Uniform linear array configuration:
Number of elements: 16
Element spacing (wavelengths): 0.5
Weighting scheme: hamming
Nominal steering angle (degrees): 45
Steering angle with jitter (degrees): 43.54
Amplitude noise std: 0.05
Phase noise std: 0.05

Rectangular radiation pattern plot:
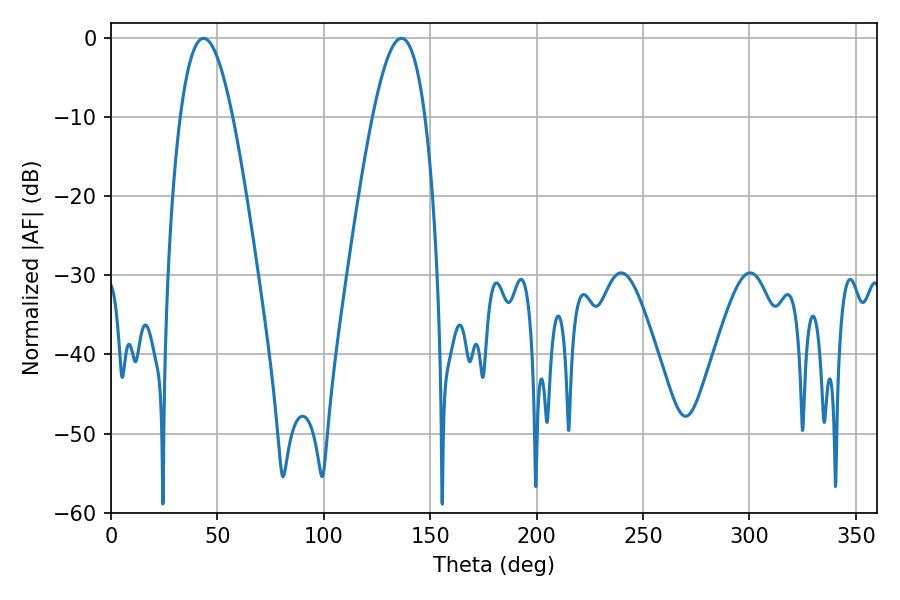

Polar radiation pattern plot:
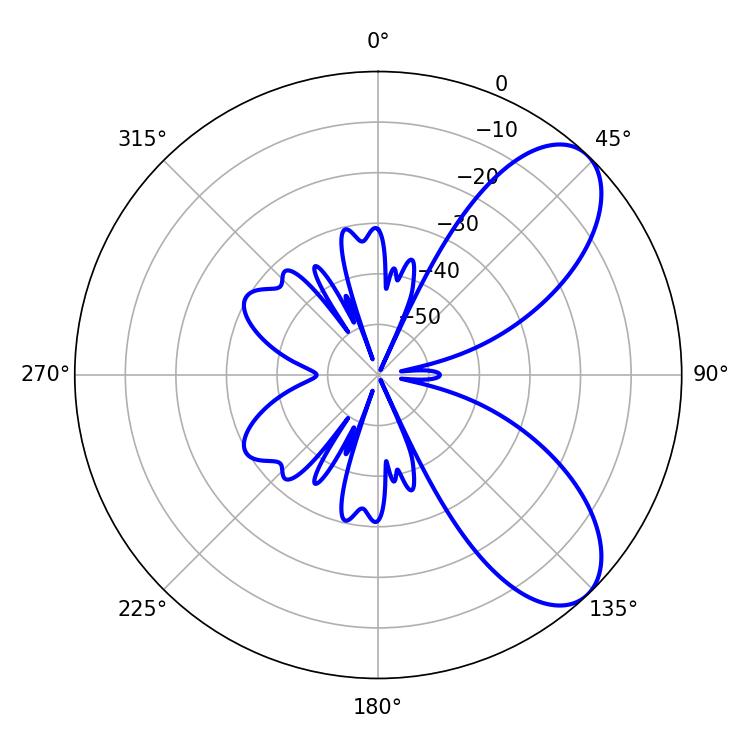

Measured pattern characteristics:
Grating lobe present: FALSE
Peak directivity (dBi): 7.555
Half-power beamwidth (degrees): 13.32
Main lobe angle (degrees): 136.44